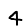
Digit: 4